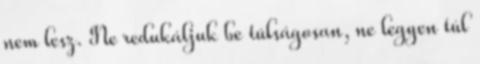
nem lesz. Ne redukáljuk be túlságosan, ne legyen túl